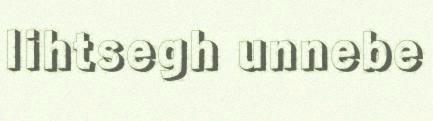
lihtsegh unnebe